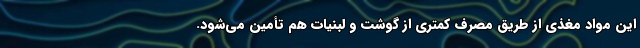
این مواد مغذی از طریق مصرف کمتری از گوشت و لبنیات هم تأمین می‌شود.